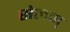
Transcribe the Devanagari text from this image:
सेलम्